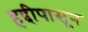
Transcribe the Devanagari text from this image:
हद्दीपासून